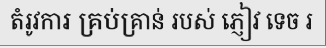
តំរូវការ គ្រប់គ្រាន់ របស់ ភ្ញៀវ ទេច រ